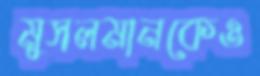
মুসলমানকেও